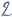
Text: 8